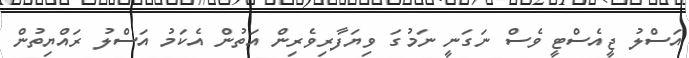
އަސްލު ޖީއެސްޓީ ވެސް ނަގަނީ ނަމުގަ ވިޔަފާރިވެރިން އަތުން އެކަމު އަސްލު ރައްޔިތުން